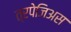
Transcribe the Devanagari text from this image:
त्रपेजिअस